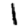
Digit: 1